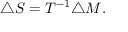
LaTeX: \triangle S = T ^ { - 1 } \triangle M .